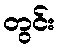
တွင်း